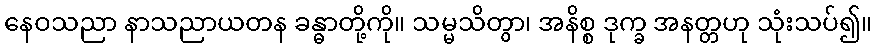
နေဝသညာ နာသညာယတန ခန္ဓာတို့ကို။ သမ္မသိတွာ၊ အနိစ္စ ဒုက္ခ အနတ္တဟု သုံးသပ်၍။